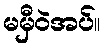
မမှီဝဲအပ်။